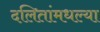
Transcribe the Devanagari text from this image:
दलितांमधल्या